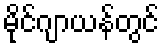
မိုင်ဂျာယန်တွင်